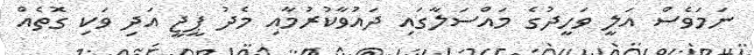
ނަމަވެސް އަލީ ވަހީދުގެ މައްސަލާގައި ދައުވާކުރުމާއި މެދު ޕީޖީ އަދި ވަކި ގޮތެއް